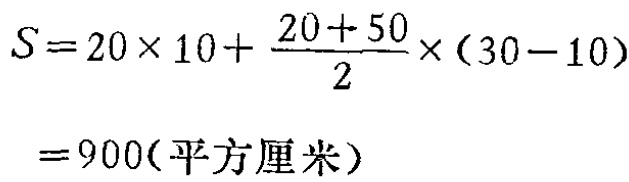
\[

\begin{align*}

S&=20\times 10+\frac{20 + 50}{2}\times(30 - 10)\\

&=900(\text{平方厘米})

\end{align*}

\]